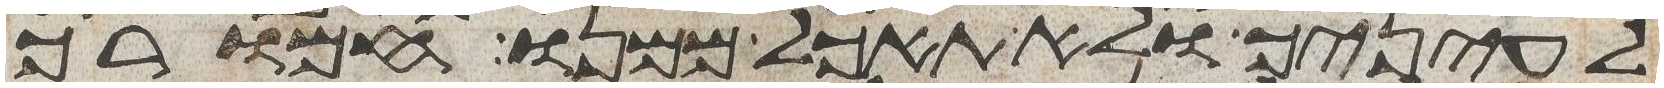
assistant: לעיניך ולא תאכל ממנו חמורך